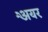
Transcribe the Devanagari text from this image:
अैयर